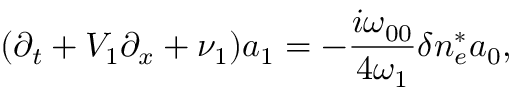
( \partial _ { t } + V _ { 1 } \partial _ { x } + \nu _ { 1 } ) a _ { 1 } = - \frac { i \omega _ { 0 0 } } { 4 \omega _ { 1 } } \delta n _ { e } ^ { \ast } a _ { 0 } ,